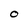
Character: O